Lunatic asylums Central Provinces reports 1895-1909 - 1895-1909
Year: 1895
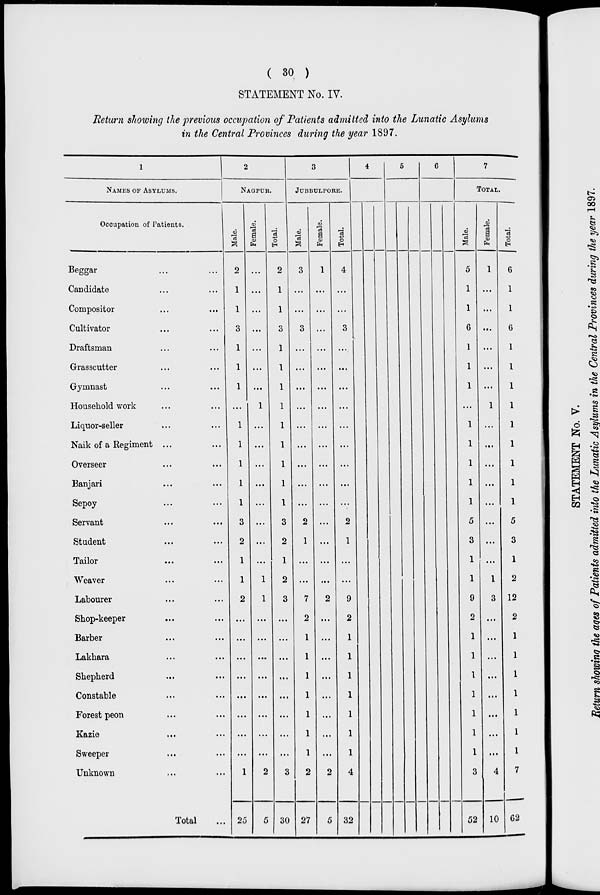
( 30 )
STATEMENT No. IV.
Return showing the previous occupation of Patients admitted into the Lunatic Asylums
in the Central Provinces during the year 1897.
1
NAMES OF ASYLUMS.
Occupation of Patients.
Beggar ... ...
Candidate ... ...
Compositor ... ...
Cultivator ... ...
Draftsman ... ...
Grasscutter ... ...
Gymnast ... ...
Household work ... ...
Liquor-seller ... ...
Naik of a Regiment ... ...
Overseer ... ...
Banjari ... ...
Sepoy ... ...
Servant ... ...
Student ... ...
Tailor ... ...
Weaver ... ...
Labourer ... ...
Shop-keeper ... ...
Barber ... ...
Lakhara ... ...
Shepherd ... ...
Constable ... ...
Forest peon ... ...
Kazie
...
...
Sweeper ... ...
Unknown ... ...
Total ...
2
NAGPUR.
Male.
2
1
1
3
1
1
1
...
1
1
1
1
1
3
2
1
1
2
...
...
...
...
...
...
...
...
1
25
Female.
...
...
...
...
...
...
...
1
...
...
...
...
...
...
...
...
1
1
...
...
...
...
...
...
...
...
2
5
Total.
2
1
1
3
1
1
1
1
1
1
1
1
1
3
2
1
2
3
...
...
...
...
...
...
...
...
3
30
3
JUBBULPORE.
Male.
3
...
...
3
...
...
...
...
...
...
...
...
...
2
1
...
...
7
2
1
1
1
1
1
1
1
2
27
Female.
1
...
...
...
...
...
...
...
...
...
...
...
...
...
...
...
...
2
...
...
...
...
...
...
...
...
2
5
Total.
4
...
...
3
...
...
...
...
...
...
...
...
...
2
1
...
...
9
2
1
1
1
1
1
1
1
4
32
4
5
6
7
TOTAL.
Male.
5
1
1
6
1
1
1
...
1
1
1
1
1
5
3
1
1
9
2
1
1
1
1
1
1
1
3
52
Female.
1
...
...
...
...
...
...
1
...
...
...
...
...
...
...
...
1
3
...
...
...
...
...
...
...
...
4
10
Total.
6
1
1
6
1
1
1
1
1
1
1
1
1
5
3
1
2
12
2
1
1
1
1
1
1
1
7
62